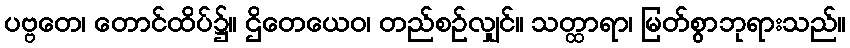
ပဗ္ဗတေ၊ တောင်ထိပ်၌။ ဌိတေယေဝ၊ တည်စဉ်လျှင်။ သတ္ထာရာ၊ မြတ်စွာဘုရားသည်။